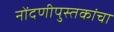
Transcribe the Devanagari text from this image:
नोंदणीपुस्तकांचा